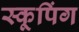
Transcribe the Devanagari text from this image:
स्कूपिंग